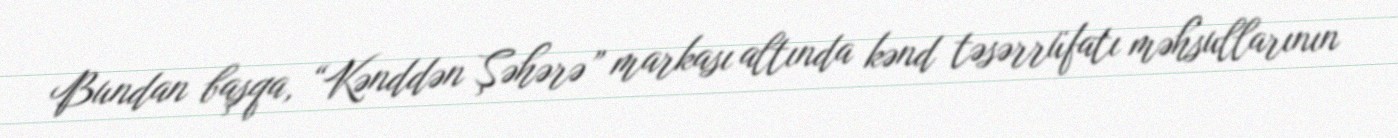
Bundan başqa, “Kənddən Şəhərə” markası altında kənd təsərrüfatı məhsullarının